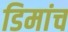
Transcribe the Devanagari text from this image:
डिमांच